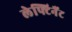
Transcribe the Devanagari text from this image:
लेफ्टिनैंट